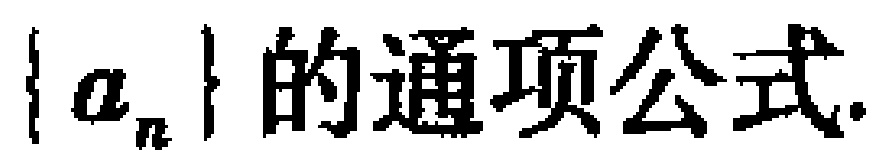
$\{a_{n}\}的通项公式.$